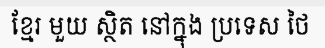
ខ្មែរ មួយ ស្ថិត នៅក្នុង ប្រទេស ថៃ